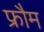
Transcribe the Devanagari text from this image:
फ्रौम